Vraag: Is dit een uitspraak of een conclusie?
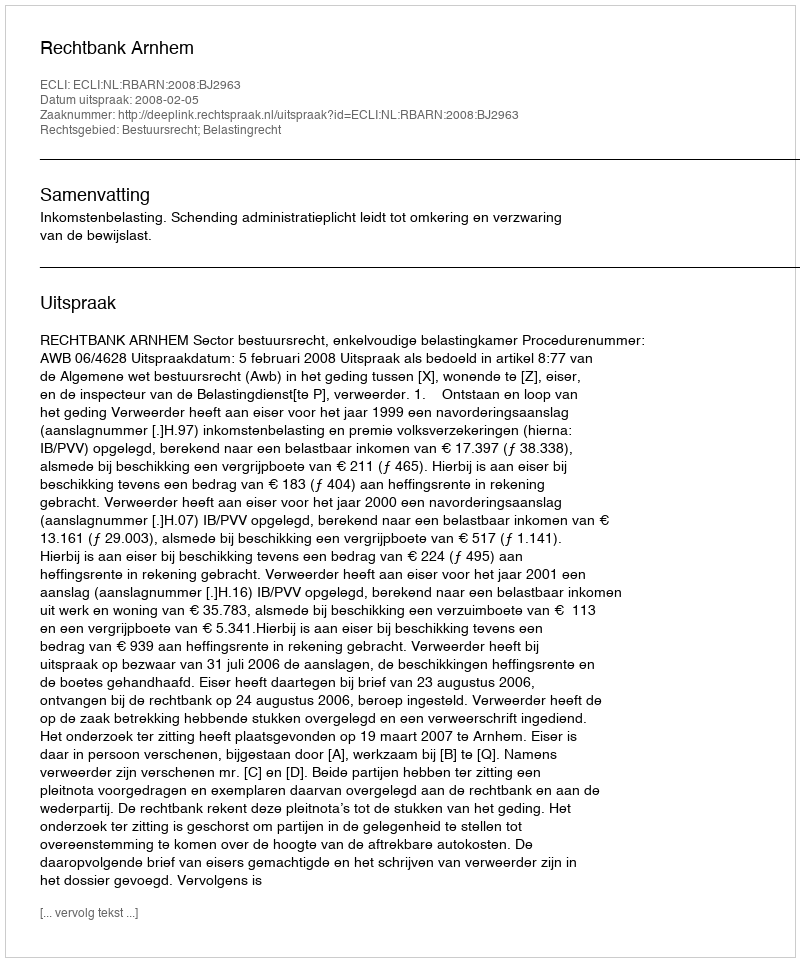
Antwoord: Uitspraak